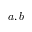
a , b